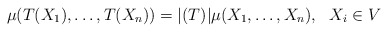
\begin{align*} \mu(T(X_1),\ldots,T(X_n))= |(T)|\mu(X_1,\ldots,X_n),~~X_i \in V \end{align*}